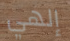
إلهي